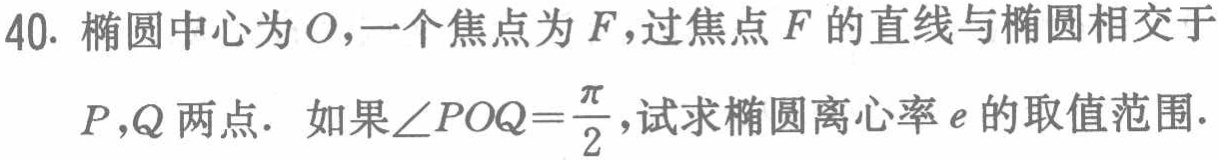
40. 椭圆中心为\(O\)，一个焦点为\(F\)，过焦点\(F\)的直线与椭圆相交于

\(P,Q\)两点. 如果\(\angle POQ = \frac{\pi}{2}\)，试求椭圆离心率\(e\)的取值范围.